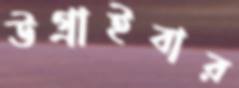
উগ্‌রাইবার